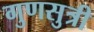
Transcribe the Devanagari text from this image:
गुणसुत्री